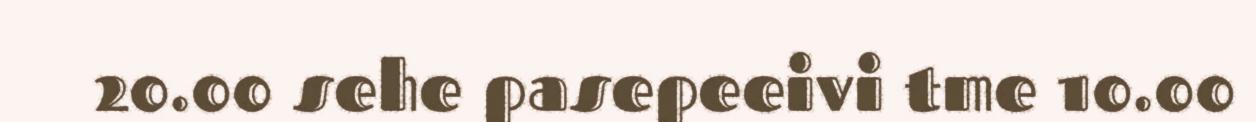
20.00 sehe pasepeeivi tme 10.00